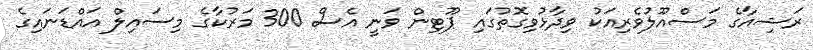
ރަޝިއާގެ މަސްއޫލުވެރިއަކު ވިދާޅުވިގޮތުގައި ޕޫޓިން ވަނީ އެސް 300 މަރުކާގެ މިސައިލް އައްޑަނައިގެ